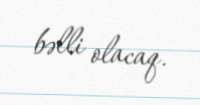
bəlli olacaq.